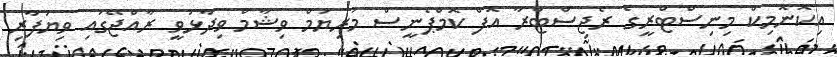
އިކޮނޮމިކް މިނިސްޓްރީގެ ރެޖިސްޓްރާ އޮފް ކޮމްޕެނީސް މަރިޔަމް ވިޝާމް ވިދާޅުވީ ރާއްޖޭގައި ވިޔަފާރި